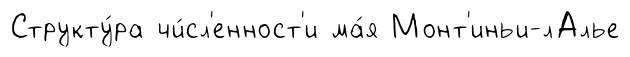
Структу́ра чи́сл'енност'и ма́я Монт'иньи-лАлье